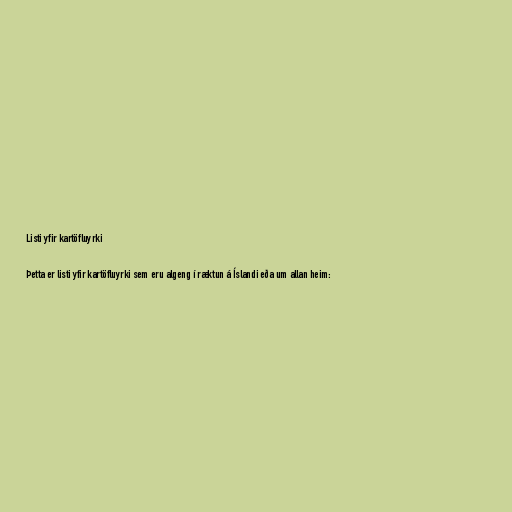
Listi yfir kartöfluyrki

Þetta er listi yfir kartöfluyrki sem eru algeng í ræktun á Íslandi eða um allan heim: